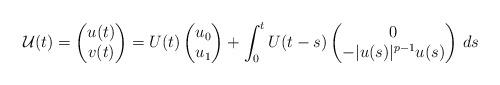
LaTeX: \begin{align*} \mathcal{U}(t) &= \begin{pmatrix} u(t)\\ v(t) \end{pmatrix} = U(t) \begin{pmatrix} u_0\\ u_1 \end{pmatrix} + \int_0^t U(t-s) \begin{pmatrix} 0\\ -|u(s)|^{p-1}u(s) \end{pmatrix} \,ds\end{align*}